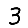
Digit: 3